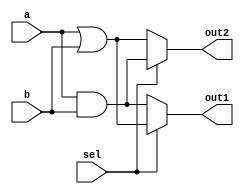
module combinational_logic_overlap (
    input wire [3:0] a,          // Shared input
    input wire [3:0] b,          // Shared input
    input wire sel,              // Control signal for multiplexing
    output wire [3:0] out1,      // Output for logic function 1
    output wire [3:0] out2       // Output for logic function 2
);

// Intermediate signals for logic functions
wire [3:0] logic_func1;
wire [3:0] logic_func2;

// Logic Function 1: Example - AND operation
assign logic_func1 = a & b;

// Logic Function 2: Example - OR operation
assign logic_func2 = a | b;

// Multiplexer to select between logic_func1 and logic_func2
assign out1 = sel ? logic_func2 : logic_func1;

// Output control for the second output
assign out2 = (sel) ? logic_func1 : logic_func2;

endmodule